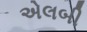
એલબી